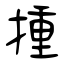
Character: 揰